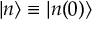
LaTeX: | n \rangle \equiv | n ( 0 ) \rangle